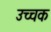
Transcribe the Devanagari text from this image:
उच्चक